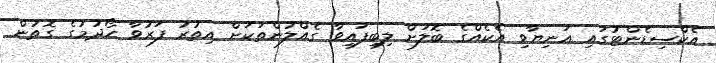
އެކްސިޑެންޓުގައި އަނިޔާވި އެކެއްގެ ބޮލަށް ލިބިފައިވާ ގެއްލުންތަކަށް އިތުރު ފަރުވާ ހޯދުމުގެ ގޮތުން